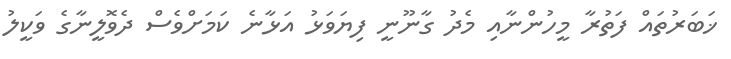
ޚަބަރުތައް ފަތުރާ މީހުންނާއި މެދު ގާނޫނީ ފިޔަވަޅު އަޅާނެ ކަމަށްވެސް ދެވޮލީނާގެ ވަކީލު